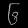
Digit: ၆